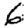
Digit: 6